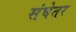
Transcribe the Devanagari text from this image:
संघेतर